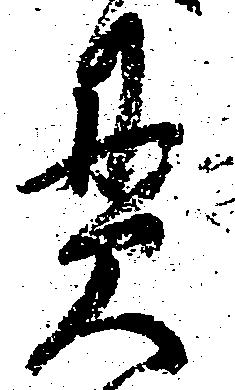
貫